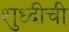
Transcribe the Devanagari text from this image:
शुध्दीची